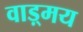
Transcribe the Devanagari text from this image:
वाड़्मय